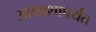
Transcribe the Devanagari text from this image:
आकाशापर्यंत